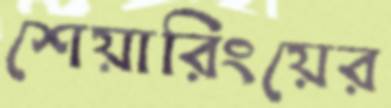
শেয়ারিংয়ের